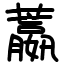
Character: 䕦